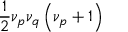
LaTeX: \frac { 1 } { 2 } \nu _ { p } \nu _ { q } \left( \nu _ { p } + 1 \right)